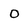
Character: O